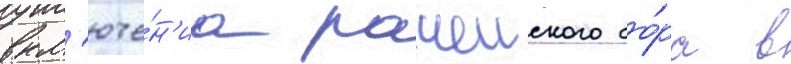
вкл'юче́н'иа рачеиского бо́ра в